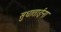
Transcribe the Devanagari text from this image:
सुधाताईना